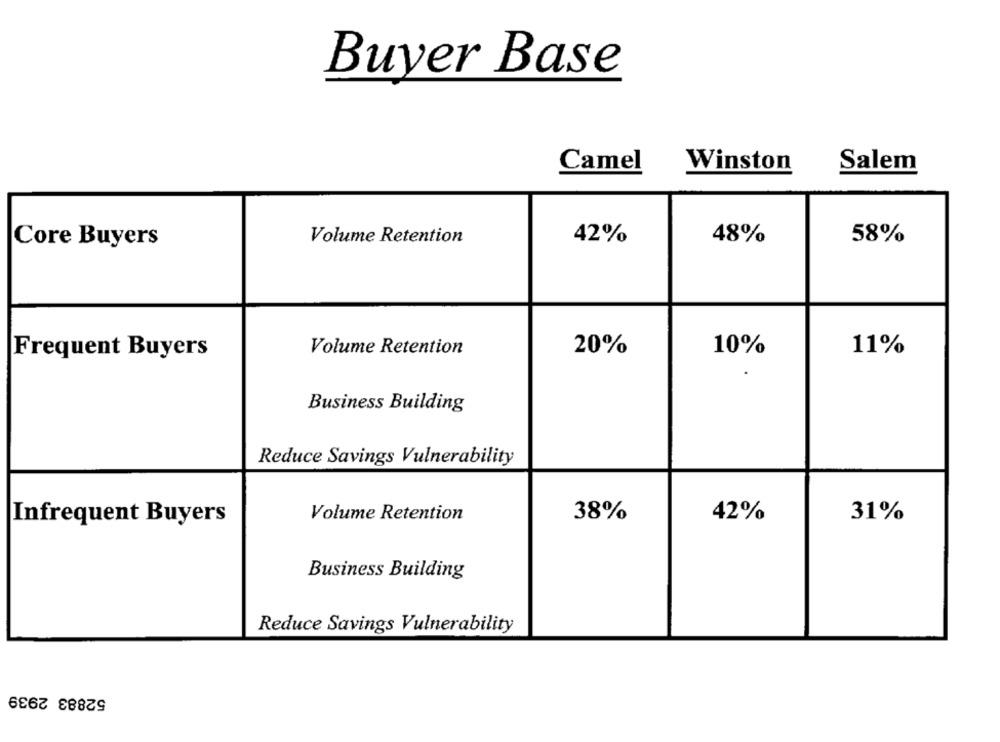
Buyer Base
Camel
Winston
Salem
Core Buyers
Volume Retention
42%
48%
58%
Frequent Buyers
Volume Retention
20%
10%
11%
Business Building
Reduce Savings Vulnerability
Volume Retention
38%
42%
31%
Infrequent Buyers
Business Building
Reduce Savings Vulnerability
52883 2939